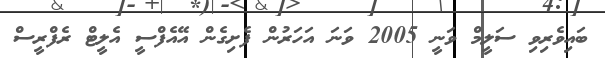
ބައިވެރިވި ސަލީމް ވަނީ 2005 ވަނަ އަހަރުން ފެށިގެން އޭއެފްސީ އެލީޓް ރެފްރީސް